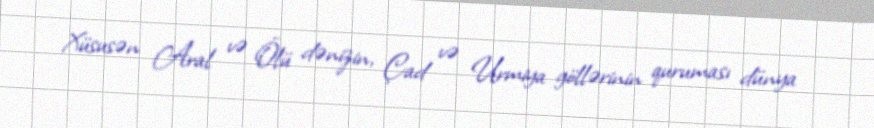
Xüsusən Aral və Ölü dənizin, Çad və Urmiya göllərinin quruması dünya